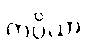
ကပ္ပိယာ